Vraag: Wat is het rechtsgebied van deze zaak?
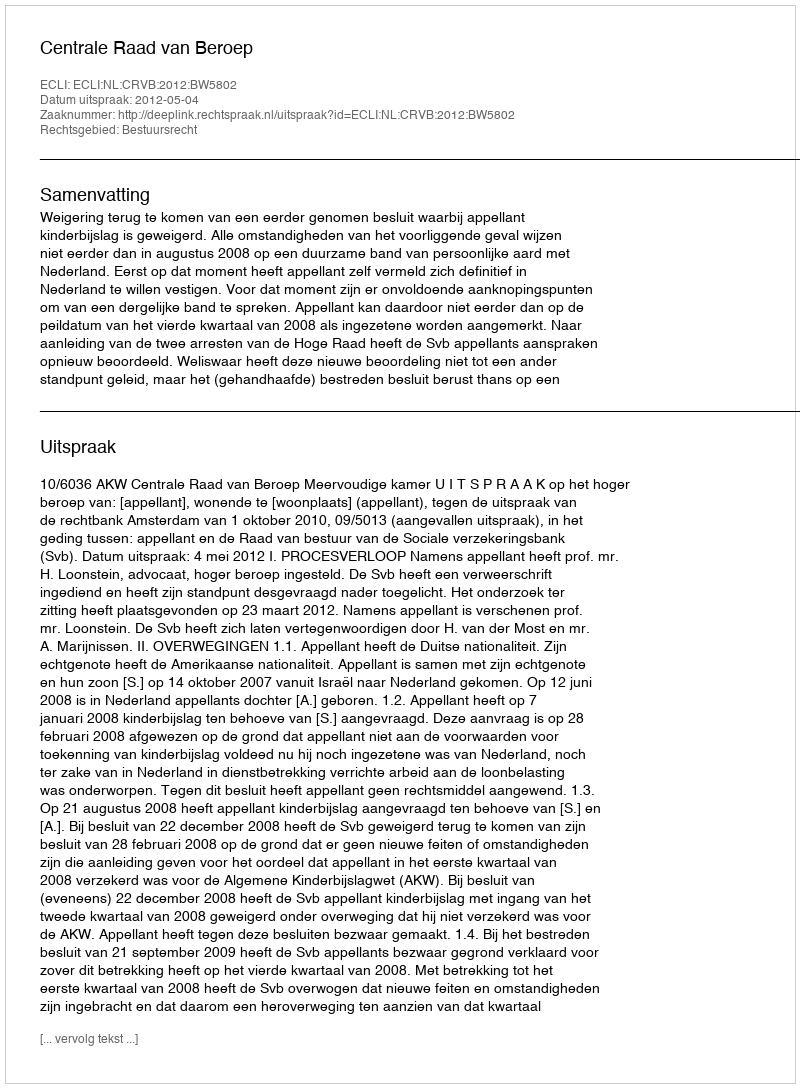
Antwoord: Bestuursrecht